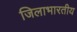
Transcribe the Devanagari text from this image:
जिलाभारतीय